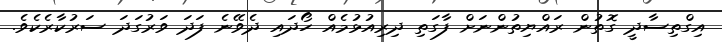
އިގްތިސާދީ ގޮތުން ރައްޔިތުންނަށް ފާގަތި ދިރިއުޅުމެއް ހޯދައި ދެވޭނެ ފަދަ ވަރުގަދަ ސަރުކާރެކެވެ.